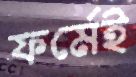
ফর্মেই